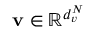
\mathbf { v } \in \mathbb { R } ^ { d _ { v } ^ { N } }